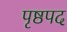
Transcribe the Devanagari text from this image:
पृष्ठपद